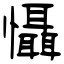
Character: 懾